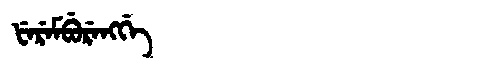
Manchu: ᡶᡝᡵᡝᠮᠪᡠᡵᡝᠩᡤᡝ
Romanization: FEREMBURENGGE